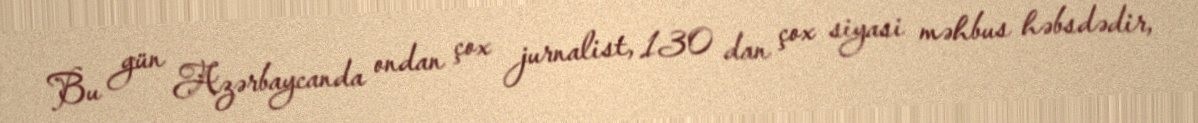
Bu gün Azərbaycanda ondan çox jurnalist, 130 dan çox siyasi məhbus həbsdədir,